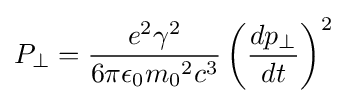
P_{\perp }={\frac {e^{2}\gamma ^{2}}{6\pi \epsilon _{0}{m_{0}}^{2}c^{3}}}\left({\frac {dp_{\perp }}{dt}}\right)^{2}